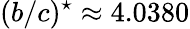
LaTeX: (b/c)^{\star}\approx 4.0380